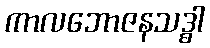
ကာလဘောဇနသဒ္ဓါ